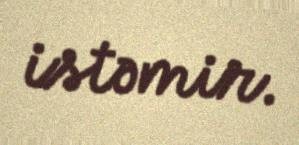
istəmir.